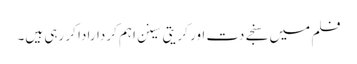
فلم میں سنجے دت اور کریتی سینن اہم کردارادا کر رہی ہیں۔